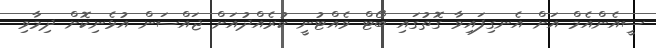
ސީއެންއެމް އަށް އެނގިފައިވާ ގޮތުގައި ބޯޓް ވެއްޓުނީ ކުރެއްދުއަށް ޖައްސަން އުޅެނިކޮށް ދިމާވި